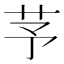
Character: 芧